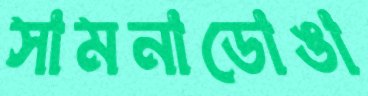
সামনাডোঙা